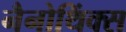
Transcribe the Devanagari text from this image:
नैनोथिंक्स